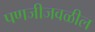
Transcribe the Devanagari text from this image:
पणजीजवळील